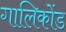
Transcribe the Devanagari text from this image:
गालिकोंड